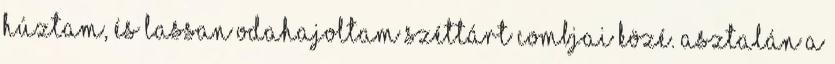
húztam, és lassan odahajoltam széttárt combjai közé. Asztalán a